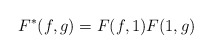
\begin{align*}F^{*}(f,g) = F(f,1) F(1,g)\end{align*}